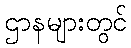
ဌာနများတွင်